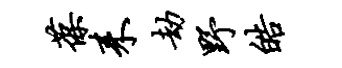
葆耒劫野皓